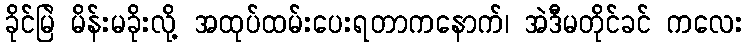
ခိုင်မြဲ မိန်းမခိုးလို့ အထုပ်ထမ်းပေးရတာကနောက်၊ အဲဒီမတိုင်ခင် ကလေး